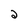
Character: 2